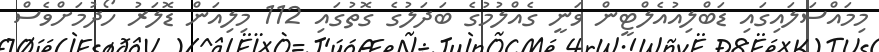
މިމައްސަލައިގައި ޑަބްލިއުއެލްޓީން ވަނީ ގެއްލުމުގެ ބަދަލުގެ ގޮތުގައި 112 މިލިއަން ޑޮލަރު ހޯދުމަށްވެސް